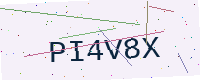
Text: PI4V8X